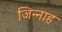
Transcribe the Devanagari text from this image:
जिन्‍नाह